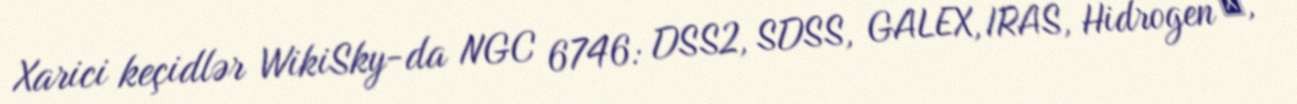
Xarici keçidlər WikiSky-da NGC 6746: DSS2, SDSS, GALEX, IRAS, Hidrogen α,